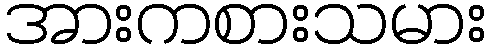
အားကစားသမား